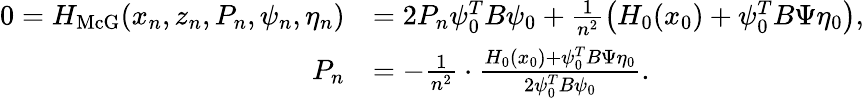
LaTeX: \begin{array}{rl}{0=H_{\operatorname{McG}}(x_{n},z_{n},P_{n},\psi_{n},\eta_{n})}&{=2P_{n}\psi_{0}^{T}B\psi_{0}+\frac{1}{n^{2}}\left(H_{0}(x_{0})+\psi_{0}^{T}B\Psi\eta_{0}\right),}\\ {P_{n}}&{=-\frac{1}{n^{2}}\cdot\frac{H_{0}(x_{0})+\psi_{0}^{T}B\Psi\eta_{0}}{2\psi_{0}^{T}B\psi_{0}}.}\end{array}